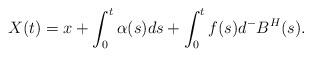
LaTeX: \begin{align*}X(t) = x + \int^t_0 \alpha(s) ds + \int^t_0 f(s) d^- B^H(s).\end{align*}